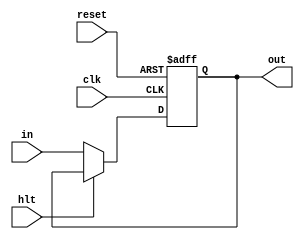
/*
	Caio Vinicius Pereira Silveira
	12/09/2022
	
	Descricao do registrador program counter (PC).
	Escrita ocorre na borda de subida do clk, reset assincrono
*/

module pc
(
	input clk,
	input hlt,
	input reset,
	input [7:0] in,
	output reg [7:0] out
);

	initial begin
		out = 8'h00;
	end
	
	always @(posedge clk or posedge reset) begin
		if(reset) begin
			out = 8'h00;
		end
		else if(!hlt) begin
			out = in;
		end
	end

endmodule